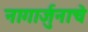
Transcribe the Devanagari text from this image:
नागार्जुनाचे